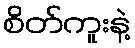
စိတ်ကူးနဲ့